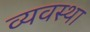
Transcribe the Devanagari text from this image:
व्‍यवस्था